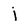
Character: j